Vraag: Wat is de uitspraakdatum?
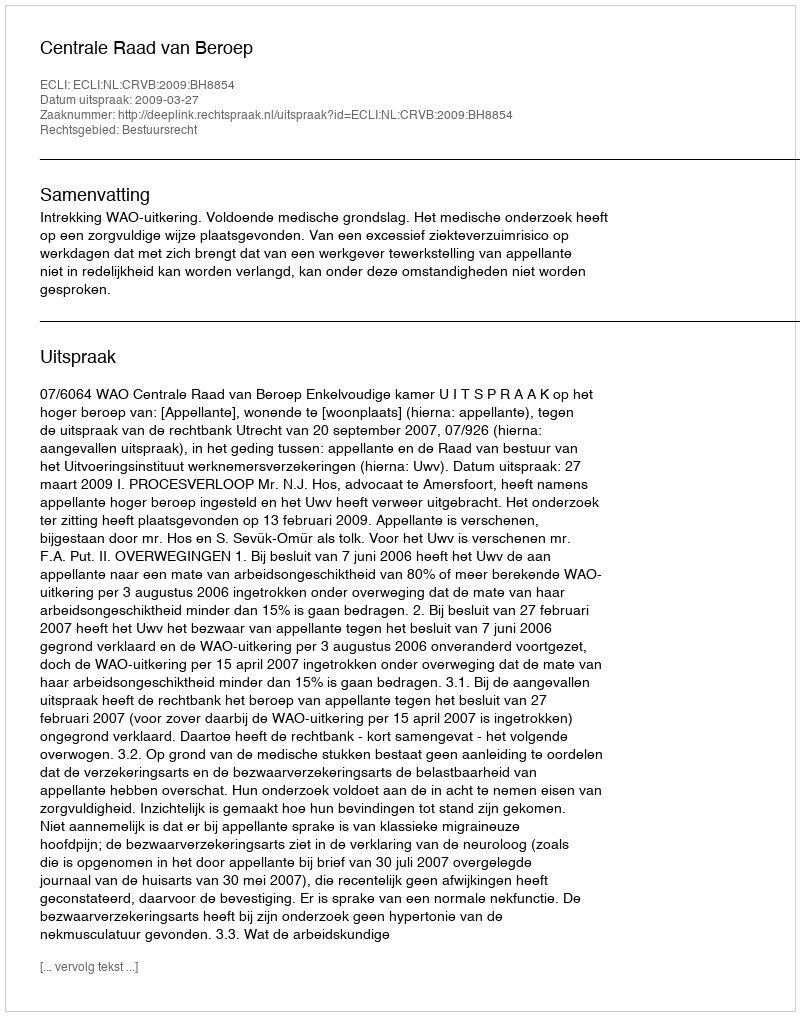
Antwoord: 2009-03-27